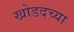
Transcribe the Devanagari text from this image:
खोडदच्या